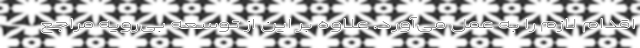
اقدام لازم را به عمل می‌آورد. علاوه بر این از توسعه بی‌رویه مراجع